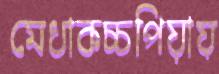
মেধাকচ্চপিয়ায়